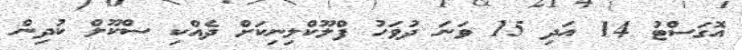
އޮގަސްޓު 14 އަދި 15 ވަނަ ދުވަހު ފްލޫކްލިނިކަށް ދެއްކި ސްކޫލް ކުދިން